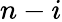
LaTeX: n-i